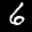
Label: 6